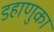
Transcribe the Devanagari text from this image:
डहाणुका